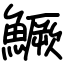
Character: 鱖